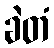
ခဲတံ